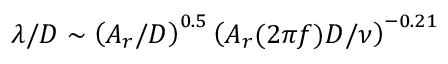
\lambda / D \sim \left( A _ { r } / D \right) ^ { 0 . 5 } \left( A _ { r } ( 2 \pi f ) D / \nu \right) ^ { - 0 . 2 1 }